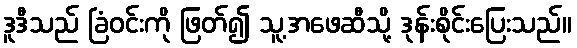
ဒူဒီသည် ခြံဝင်းကို ဖြတ်၍ သူ့အဖေဆီသို့ ဒုန်းစိုင်းပြေးသည်။